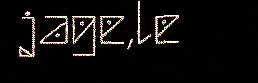
jage,le